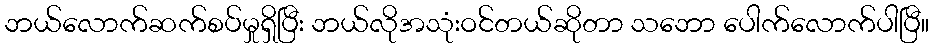
ဘယ်လောက်ဆက်စပ်မှုရှိပြီး ဘယ်လိုအသုံးဝင်တယ်ဆိုတာ သဘော ပေါက်လောက်ပါပြီ။